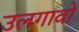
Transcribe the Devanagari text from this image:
उलगावों